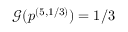
\mathcal { G } ( \boldsymbol { p } ^ { ( 5 , 1 / 3 ) } ) = 1 / 3